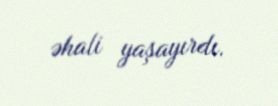
əhali yaşayırdı.